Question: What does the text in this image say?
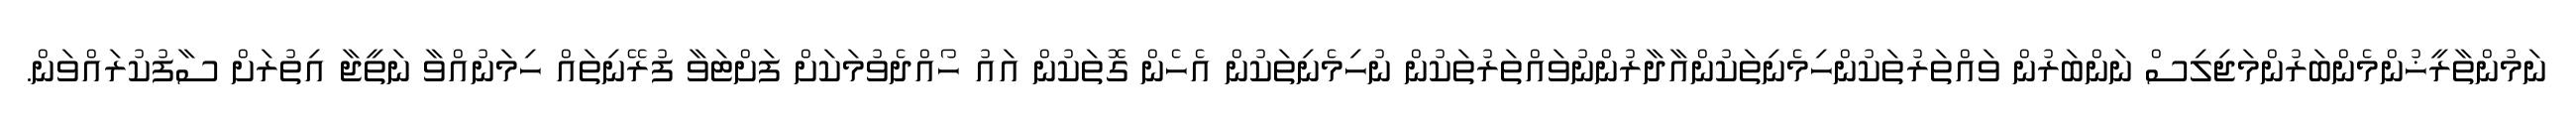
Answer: ނަމުންތާރީޚުންމެންބަރުންމަޖިލިސް ނަންބަރުން ވައްތަރުތަކުންހިމެނިތަކުންއާދާރުންނުވައްތަރުތަކުން ނުހިމެނިތަކުން އެހެން ގޮތަކުން އައު ހޯއްދެވުމަކަށް ފަށްޓަވާ ފުރޭނިތައް ހިމަނުއްވާ ނަތީޖާ އިތުރަށް ސާފުކުރައްވަން.